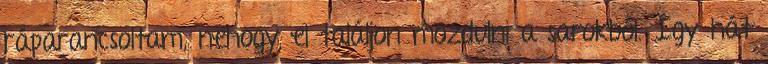
ráparancsoltam, nehogy el találjon mozdulni a sarokból. Így hát